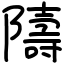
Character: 隯